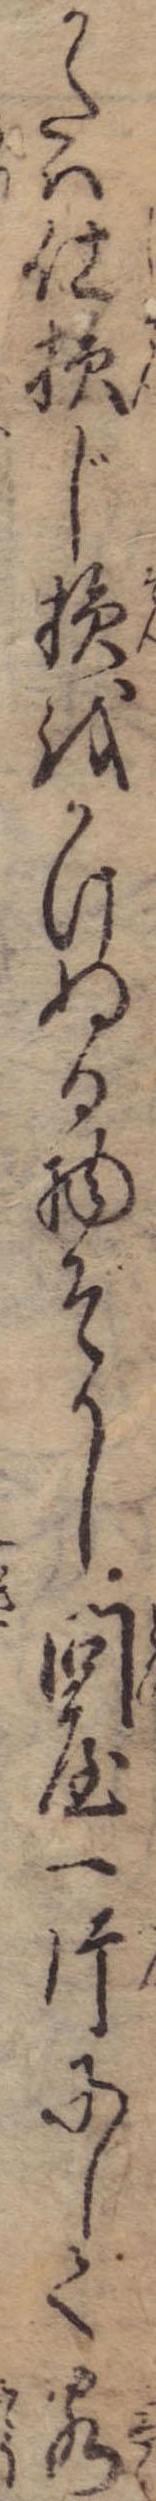
かたは仕損じ損をかけぬる物ぞかし問屋一片にして客